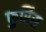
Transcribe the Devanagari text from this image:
फुर्रिेस